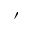
\prime